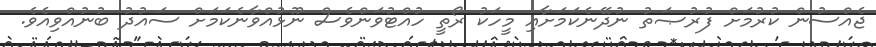
ޖެއްސުން ކުރުމަށް ފުރުޞަތު ނުދޭނެކަމަށާއި މީހަކު ރޯތީ ހުއްޓުވަންވެސް ނޫޅުއްވާނެކަމަށް ސައުދު ބުނުއްވިއެވެ.